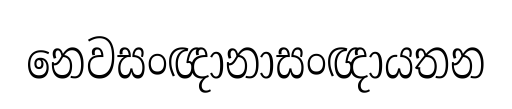
නෙවසංඥානාසංඥායතන